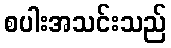
စပါးအသင်းသည်